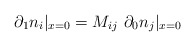
\begin{align*}\partial_1 n_i|_{x=0} = M_{ij} \,\, \partial_0 n_j |_{x=0}\end{align*}